Problem: 21 + 26 = ?
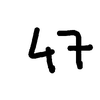
Handwritten answer: 47